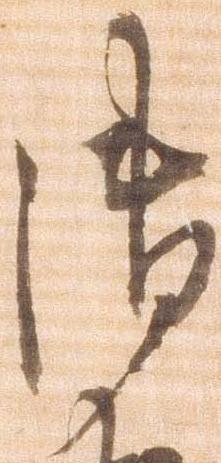
御